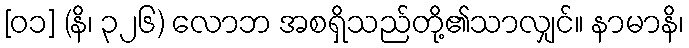
[၀၁] (နိ၊ ၃၂၆) လောဘ အစရှိသည်တို့၏သာလျှင်။ နာမာနိ၊